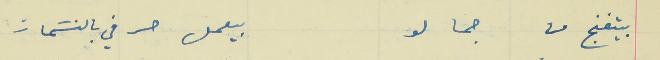
بيتغنج من جما لو                                                      بيعمل حرفي بالنسَمات